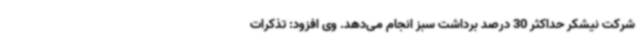
شرکت نیشکر حداکثر 30 درصد برداشت سبز انجام می‌دهد. وی افزود: تذکرات